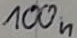
Text: 100n